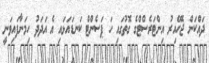
ދައްކަން ޖެހޭއިރު އިންޓަރެސްޓްގެ ގޮތުގައި ހަ ޕަސެންޓް ކަނޑައަޅައި އެ އަދަދު ހިމަނާފައިވަނީ